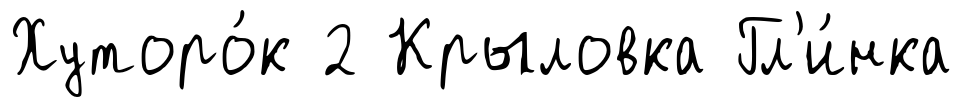
Хуторо́к 2 Крыловка Гл'и́нка